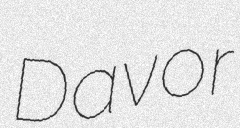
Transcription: Davor